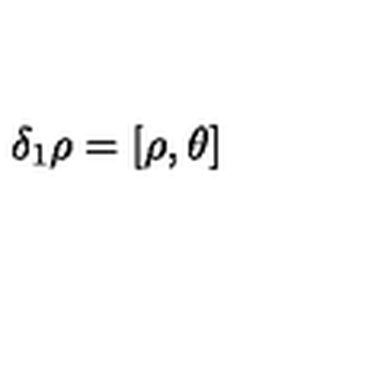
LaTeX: \delta _ { 1 } \rho = [ \rho , \theta ]